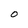
Character: O